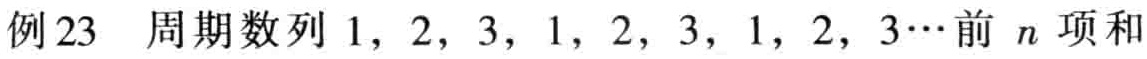
例23 周期数列 \(1,2,3,1,2,3,1,2,3\cdots\) 前 \(n\) 项和